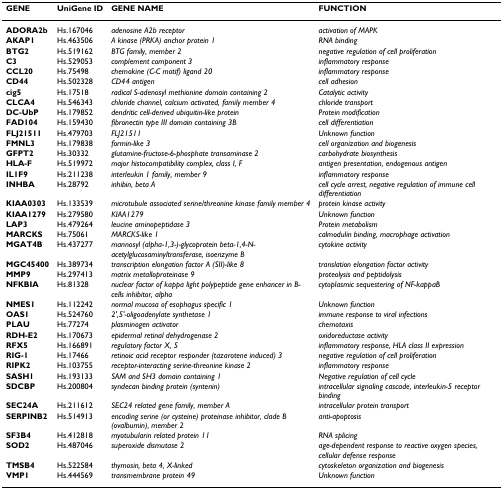
<table><thead><tr><td><b>GENE</b></td><td><b>UniGene ID</b></td><td><b>GENE NAME</b></td><td><b>FUNCTION</b></td></tr></thead><tbody><tr><td><b>ADORA2b</b></td><td>Hs.167046</td><td><i>adenosine A2b receptor</i></td><td><i>activation of MAPK</i></td></tr><tr><td><b>AKAP1</b></td><td>Hs.463506</td><td><i>A kinase (PRKA) anchor protein 1</i></td><td><i>RNA binding</i></td></tr><tr><td><b>BTG2</b></td><td>Hs.519162</td><td><i>BTG family, member 2</i></td><td><i>negative regulation of cell proliferation</i></td></tr><tr><td><b>C3</b></td><td>Hs.529053</td><td><i>complement component 3</i></td><td><i>inflammatory response</i></td></tr><tr><td><b>CCL20</b></td><td>Hs.75498</td><td><i>chemokine (C-C motif) ligand 20</i></td><td><i>inflammatory response</i></td></tr><tr><td><b>CD44</b></td><td>Hs.502328</td><td><i>CD44 antigen</i></td><td><i>cell adhesion</i></td></tr><tr><td><b>cig5</b></td><td>Hs.17518</td><td><i>radical S-adenosyl methionine domain containing 2</i></td><td><i>Catalytic activity</i></td></tr><tr><td><b>CLCA4</b></td><td>Hs.546343</td><td><i>chloride channel, calcium activated, family member 4</i></td><td><i>chloride transport</i></td></tr><tr><td><b>DC-UbP</b></td><td>Hs.179852</td><td><i>dendritic cell-derived ubiquitin-like protein</i></td><td><i>Protein modification</i></td></tr><tr><td><b>FAD104</b></td><td>Hs.159430</td><td><i>fibronectin type III domain containing 3B</i></td><td><i>cell differentiation</i></td></tr><tr><td><b>FLJ21511</b></td><td>Hs.479703</td><td><i>FLJ21511</i></td><td><i>Unknown function</i></td></tr><tr><td><b>FMNL3</b></td><td>Hs.179838</td><td><i>formin-like 3</i></td><td><i>cell organization and biogenesis</i></td></tr><tr><td><b>GFPT2</b></td><td>Hs.30332</td><td><i>glutamine-fructose-6-phosphate transaminase 2</i></td><td><i>carbohydrate biosynthesis</i></td></tr><tr><td><b>HLA-F</b></td><td>Hs.519972</td><td><i>major histocompatibility complex, class I, F</i></td><td><i>antigen presentation, endogenous antigen</i></td></tr><tr><td><b>IL1F9</b></td><td>Hs.211238</td><td><i>interleukin 1 family, member 9</i></td><td><i>inflammatory response</i></td></tr><tr><td><b>INHBA</b></td><td>Hs.28792</td><td><i>inhibin, beta A</i></td><td><i>cell cycle arrest, negative regulation of immune cell differentiation</i></td></tr><tr><td><b>KIAA0303</b></td><td>Hs.133539</td><td><i>microtubule associated serine/threonine kinase family member 4</i></td><td><i>protein kinase activity</i></td></tr><tr><td><b>KIAA1279</b></td><td>Hs.279580</td><td><i>KIAA1279</i></td><td><i>Unknown function</i></td></tr><tr><td><b>LAP3</b></td><td>Hs.479264</td><td><i>leucine aminopeptidase 3</i></td><td><i>Protein metabolism</i></td></tr><tr><td><b>MARCKS</b></td><td>Hs.75061</td><td><i>MARCKS-like 1</i></td><td><i>calmodulin binding, macrophage activation</i></td></tr><tr><td><b>MGAT4B</b></td><td>Hs.437277</td><td><i>mannosyl (alpha-1,3-)-glycoprotein beta-1,4-N-acetylglucosaminyltransferase, isoenzyme B</i></td><td><i>cytokine activity</i></td></tr><tr><td><b>MGC45400</b></td><td>Hs.389734</td><td><i>transcription elongation factor A (SII)-like 8</i></td><td><i>translation elongation factor activity</i></td></tr><tr><td><b>MMP9</b></td><td>Hs.297413</td><td><i>matrix metalloproteinase 9</i></td><td><i>proteolysis and peptidolysis</i></td></tr><tr><td><b>NFKBIA</b></td><td>Hs.81328</td><td><i>nuclear factor of kappa light polypeptide gene enhancer in B-cells inhibitor, alpha</i></td><td><i>cytoplasmic sequestering of NF-kappaB</i></td></tr><tr><td><b>NMES1</b></td><td>Hs.112242</td><td><i>normal mucosa of esophagus specific 1</i></td><td><i>Unknown function</i></td></tr><tr><td><b>OAS1</b></td><td>Hs.524760</td><td><i>2&#x27;,5&#x27;-oligoadenylate synthetase 1</i></td><td><i>immune response to viral infections</i></td></tr><tr><td><b>PLAU</b></td><td>Hs.77274</td><td><i>plasminogen activator</i></td><td><i>chemotaxis</i></td></tr><tr><td><b>RDH-E2</b></td><td>Hs.170673</td><td><i>epidermal retinal dehydrogenase 2</i></td><td><i>oxidoreductase activity</i></td></tr><tr><td><b>RFX5</b></td><td>Hs.166891</td><td><i>regulatory factor X, 5</i></td><td><i>inflammatory response, HLA class II expression</i></td></tr><tr><td><b>RIG-1</b></td><td>Hs.17466</td><td><i>retinoic acid receptor responder (tazarotene induced) 3</i></td><td><i>negative regulation of cell proliferation</i></td></tr><tr><td><b>RIPK2</b></td><td>Hs.103755</td><td><i>receptor-interacting serine-threonine kinase 2</i></td><td><i>inflammatory response</i></td></tr><tr><td><b>SASH1</b></td><td>Hs.193133</td><td><i>SAM and SH3 domain containing 1</i></td><td><i>Negative regulation of cell cycle</i></td></tr><tr><td><b>SDCBP</b></td><td>Hs.200804</td><td><i>syndecan binding protein (syntenin)</i></td><td><i>intracellular signaling cascade, interleukin-5 receptor binding</i></td></tr><tr><td><b>SEC24A</b></td><td>Hs.211612</td><td><i>SEC24 related gene family, member A</i></td><td><i>intracellular protein transport</i></td></tr><tr><td><b>SERPINB2</b></td><td>Hs.514913</td><td><i>encoding serine (or cysteine) proteinase inhibitor, clade B (ovalbumin), member 2</i></td><td><i>anti-apoptosis</i></td></tr><tr><td><b>SF3B4</b></td><td>Hs.412818</td><td><i>myotubularin related protein 11</i></td><td><i>RNA splicing</i></td></tr><tr><td><b>SOD2</b></td><td>Hs.487046</td><td><i>superoxide dismutase 2</i></td><td><i>age-dependent response to reactive oxygen species, cellular defense response</i></td></tr><tr><td><b>TMSB4</b></td><td>Hs.522584</td><td><i>thymosin, beta 4, X-linked</i></td><td><i>cytoskeleton organization and biogenesis</i></td></tr><tr><td><b>VMP1</b></td><td>Hs.444569</td><td><i>transmembrane protein 49</i></td><td><i>Unknown function</i></td></tr></tbody></table>